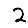
Digit: 2